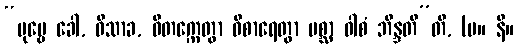
“ပုဗ္ဗေ ခေါ, ဝိသာခ, ဝိတက္ကေတွာ ဝိစာရေတွာ ပစ္ဆာ ဝါစံ ဘိန္ဒတီ”တိ, (မ။ နိ။